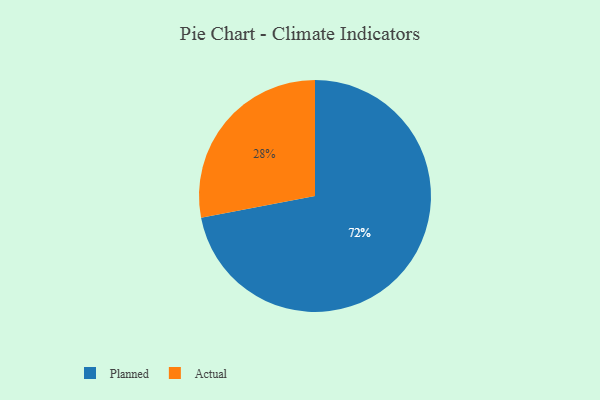
{"axis": {"x": "Category", "y": "Percentage"}, "legend": ["Actual", "Planned"], "data": [{"x": "Actual", "y": 28, "type": "Actual"}, {"x": "Planned", "y": 72, "type": "Planned"}]}